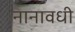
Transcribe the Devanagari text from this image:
नानावधी